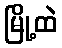
မြို့ထဲ